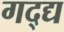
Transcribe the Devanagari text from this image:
गद्द्य